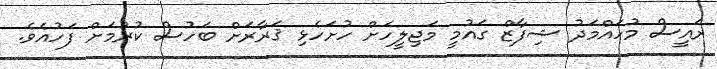
ރައީސް މުހައްމަދު ޝިފާޒް ގައުމީ މަޖިލީހަށް ހުށަހެޅި ޤަރާރަށް ބަހުސް ކުރުމަށް ފަހުއެވެ.